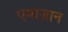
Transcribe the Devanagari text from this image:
एमाज़ान